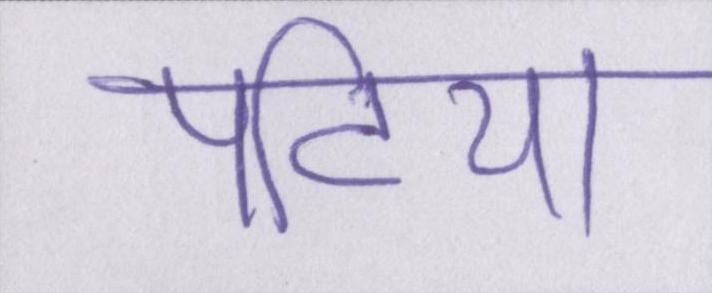
पटिया